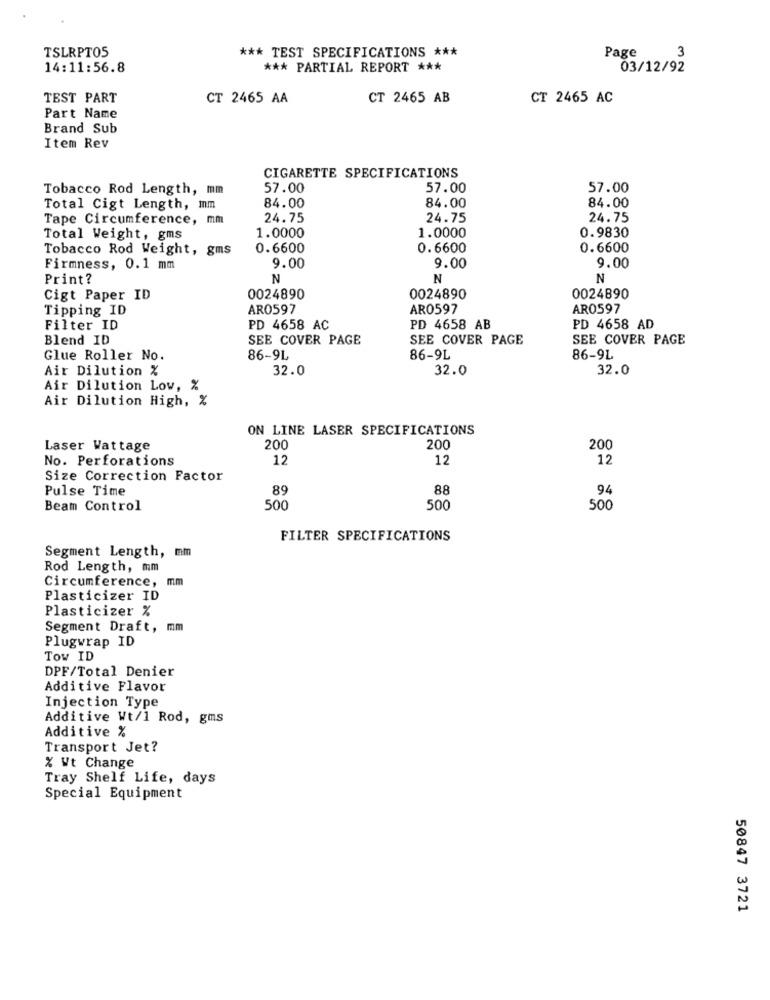
TSLRPTOS
*** TEST SPECIFICATIONS ***
Page
3
14:11:56.8
*** PARTIAL REPORT ***
03/12/92
TEST PART
CT 2465 AA
CT 2465 AB
CT 2465 AC
Part Name
Brand Sub
Item Rev
CIGARETTE SPECIFICATIONS
Tobacco Rod Length, mm
57.00
57.00
57.00
84.00
Total Cigt Length, mm
84.00
84.00
Tape Circumference, mm
24.75
24.75
24.75
1.0000
0.9830
Total Weight, gms
1.0000
Tobacco Rod Weight, gms
0.6600
0.6600
0.6600
Firmness, 0.1 mm
9.00
9.00
9.00
Print?
N
N
N
Cigt Paper ID
0024890
0024890
0024890
Tipping ID
AR0597
AR0597
AR0597
Filter ID
PD 4658 AC
PD 4658 AB
PD 4658 AD
Blend ID
SEE COVER PAGE
SEE COVER PAGE
SEE COVER PAGE
Glue Roller No.
86-9L
86-9L
86-9L
Air Dilution %
32.0
32.0
32.0
Air Dilution Low, %
Air Dilution High, %
ON LINE LASER SPECIFICATIONS
Laser Wattage
200
200
200
No. Perforations
12
12
12
Size Correction Factor
Pulse Time
89
88
94
Beam Control
500
500
500
FILTER SPECIFICATIONS
Segment Length,
Rod Length, mm
Circumference,
mm
Plasticizer ID
Plasticizer %
Segment Draft, mm
Plugwrap ID
Tow ID
DPF/Total Denier
Additive Flavor
Injection Type
Additive Wt/1 Rod, gms
Additive %
Transport Jet?
% Wt Change
Tray Shelf Life, days
Special Equipment
50847 3721